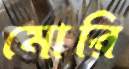
মোরি